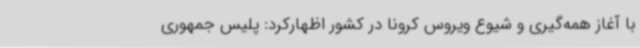
با آغاز همه‌گیری و شیوع ویروس کرونا در کشور اظهارکرد: پلیس جمهوری